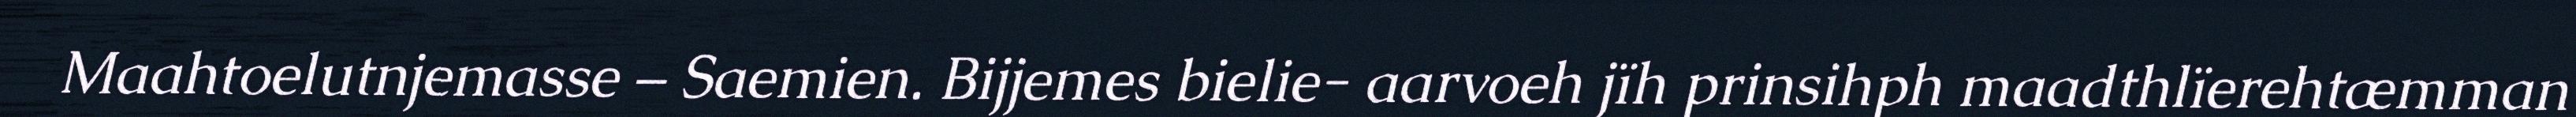
Maahtoelutnjemasse – Saemien. Bijjemes bielie- aarvoeh jïh prinsihph maadthlïerehtæmman